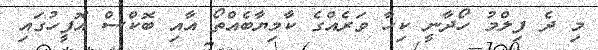
މި ދެ ފިލްމު ހޯދާނީ ކިހާ ވަރެއްގެ ކާމިޔާބެއްތޯ އާއި ބޮކްސް އޮފީހުގައި